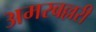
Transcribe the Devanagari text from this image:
अमरबल्लरी